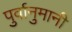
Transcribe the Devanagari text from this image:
पुर्वानुमानी